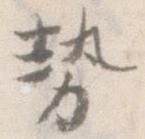
勢